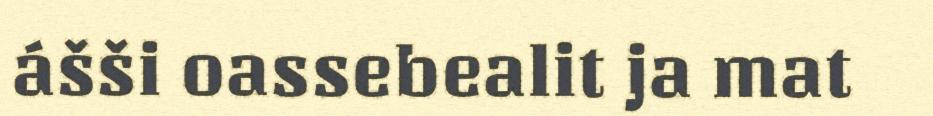
ášši oassebealit ja mat